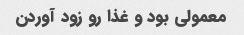
معمولی بود و غذا رو زود آوردن